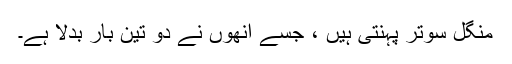
منگل سوتر پہنتی ہیں ، جسے انھوں نے دو تین بار بدلا ہے۔